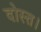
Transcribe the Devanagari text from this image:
दोस्त।